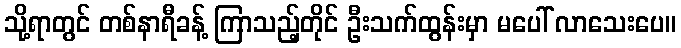
သို့ရာတွင် တစ်နာရီခန့် ကြာသည့်တိုင် ဦးသက်ထွန်းမှာ မပေါ် လာသေးပေ။